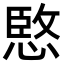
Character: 𫺮